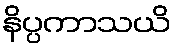
နိပ္ပကာသယိ